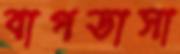
বাগডাসা